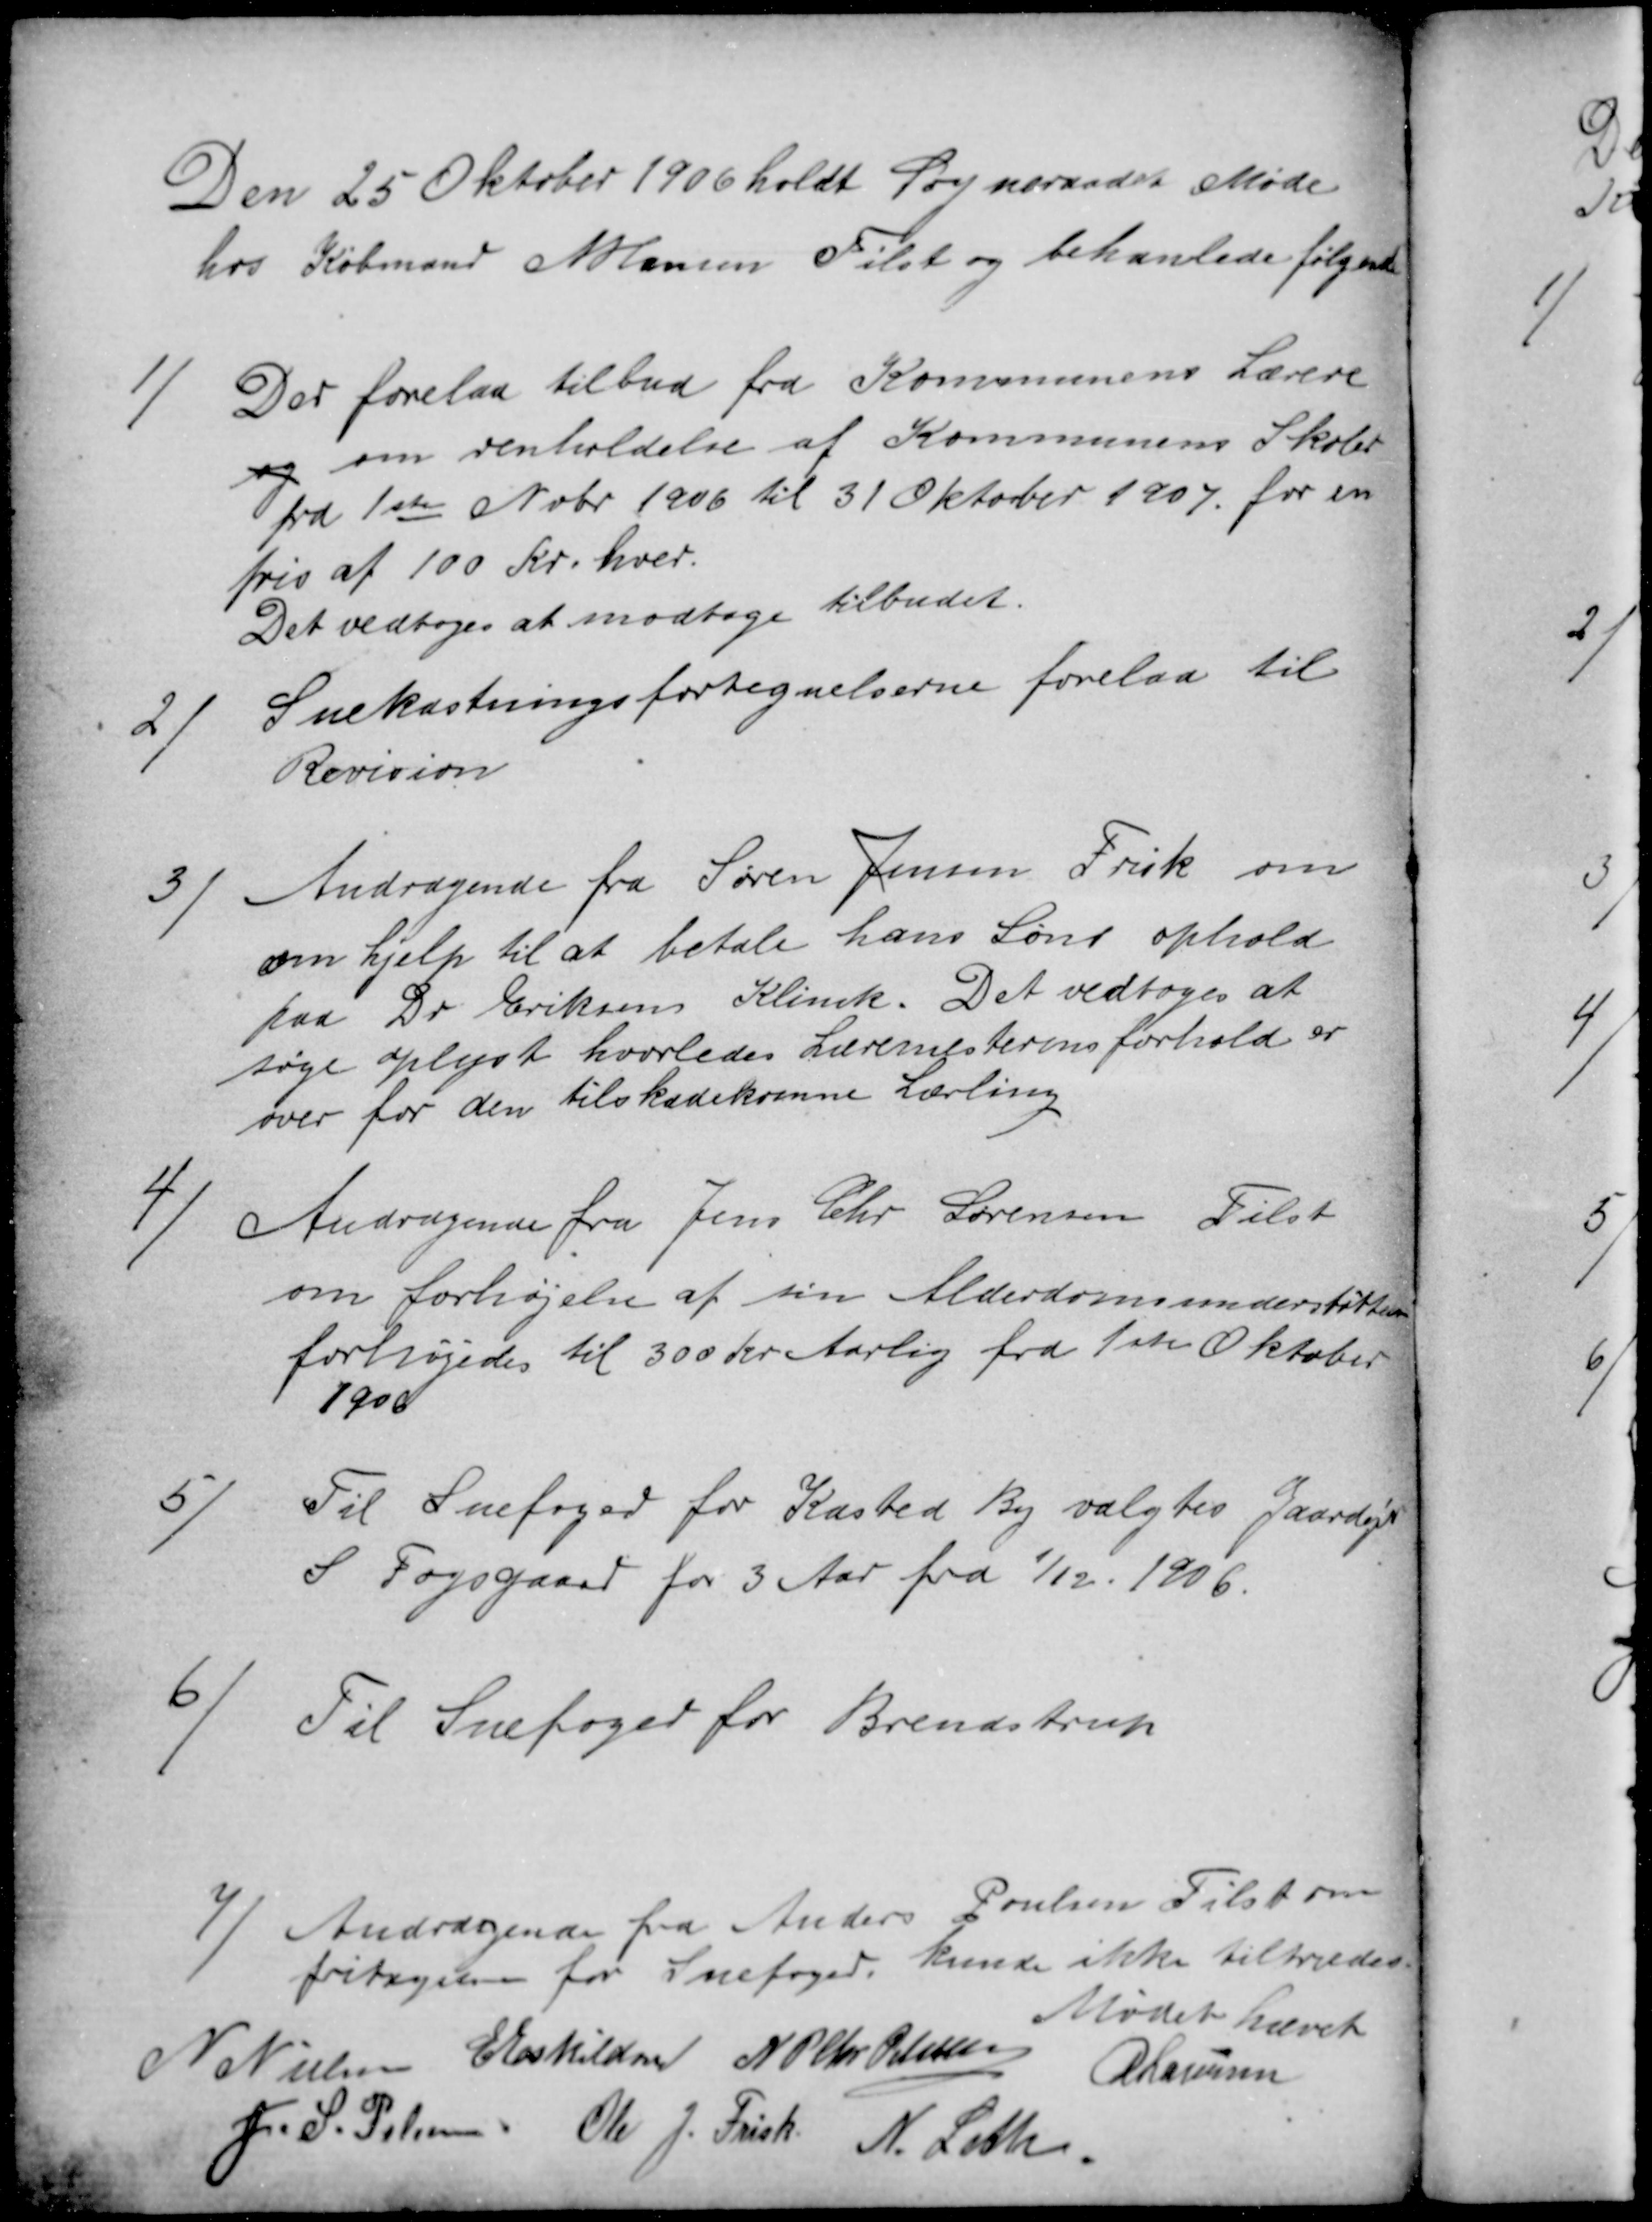
Transskription:
Den 25 Oktober 1906 holdt Sogneraadet Møde
hos Købmand N Hansen Tilst og behanlede følgende
1)
Der forelaa tilbud fra Kommunens Lærere
og om renholdelse af Kommunens Skoler
fra 1ste Nvbr 1906 til 31 Oktober 1907 for en
pris af 100 Kr. hver.
Det vedtoges at modtage tilbudet.
2
Snekastningsfortegnelserne forelaa til
Revision
3
Andragende fra Søren Jensen Frisk om
om hjælp til at betale hans Søns ophold
paa Dr Eriksens Klinik. Det vedtoges at
søge oplyst hvorledes Læremesterens forhold er
over for den tilskadekomne Lærling
4
Andragende fra Jens Chr Sørensen Tilst
om forhøjelse af sin Alderdomsunderstøttelse
forhøjedes til 300 Kr Aarlig fra 1ste Oktober
1906
5)
Til Snefoged for Kasted By valgtes Gaardejr
S Fogsgaard for 3 Aar fra 1/12 1906.
6
Til Snefoged for Brendstrup
7
Andragende fra Anders Poulsen Tilst om
fritagelse for Snefoged, kunde ikke tiltrædes.
Mødet hævet
N Nielsen E Eskildsen N P Chr Petersen
A Laursen
J. S. Pelsen Ole J. Frisk N. Leth.